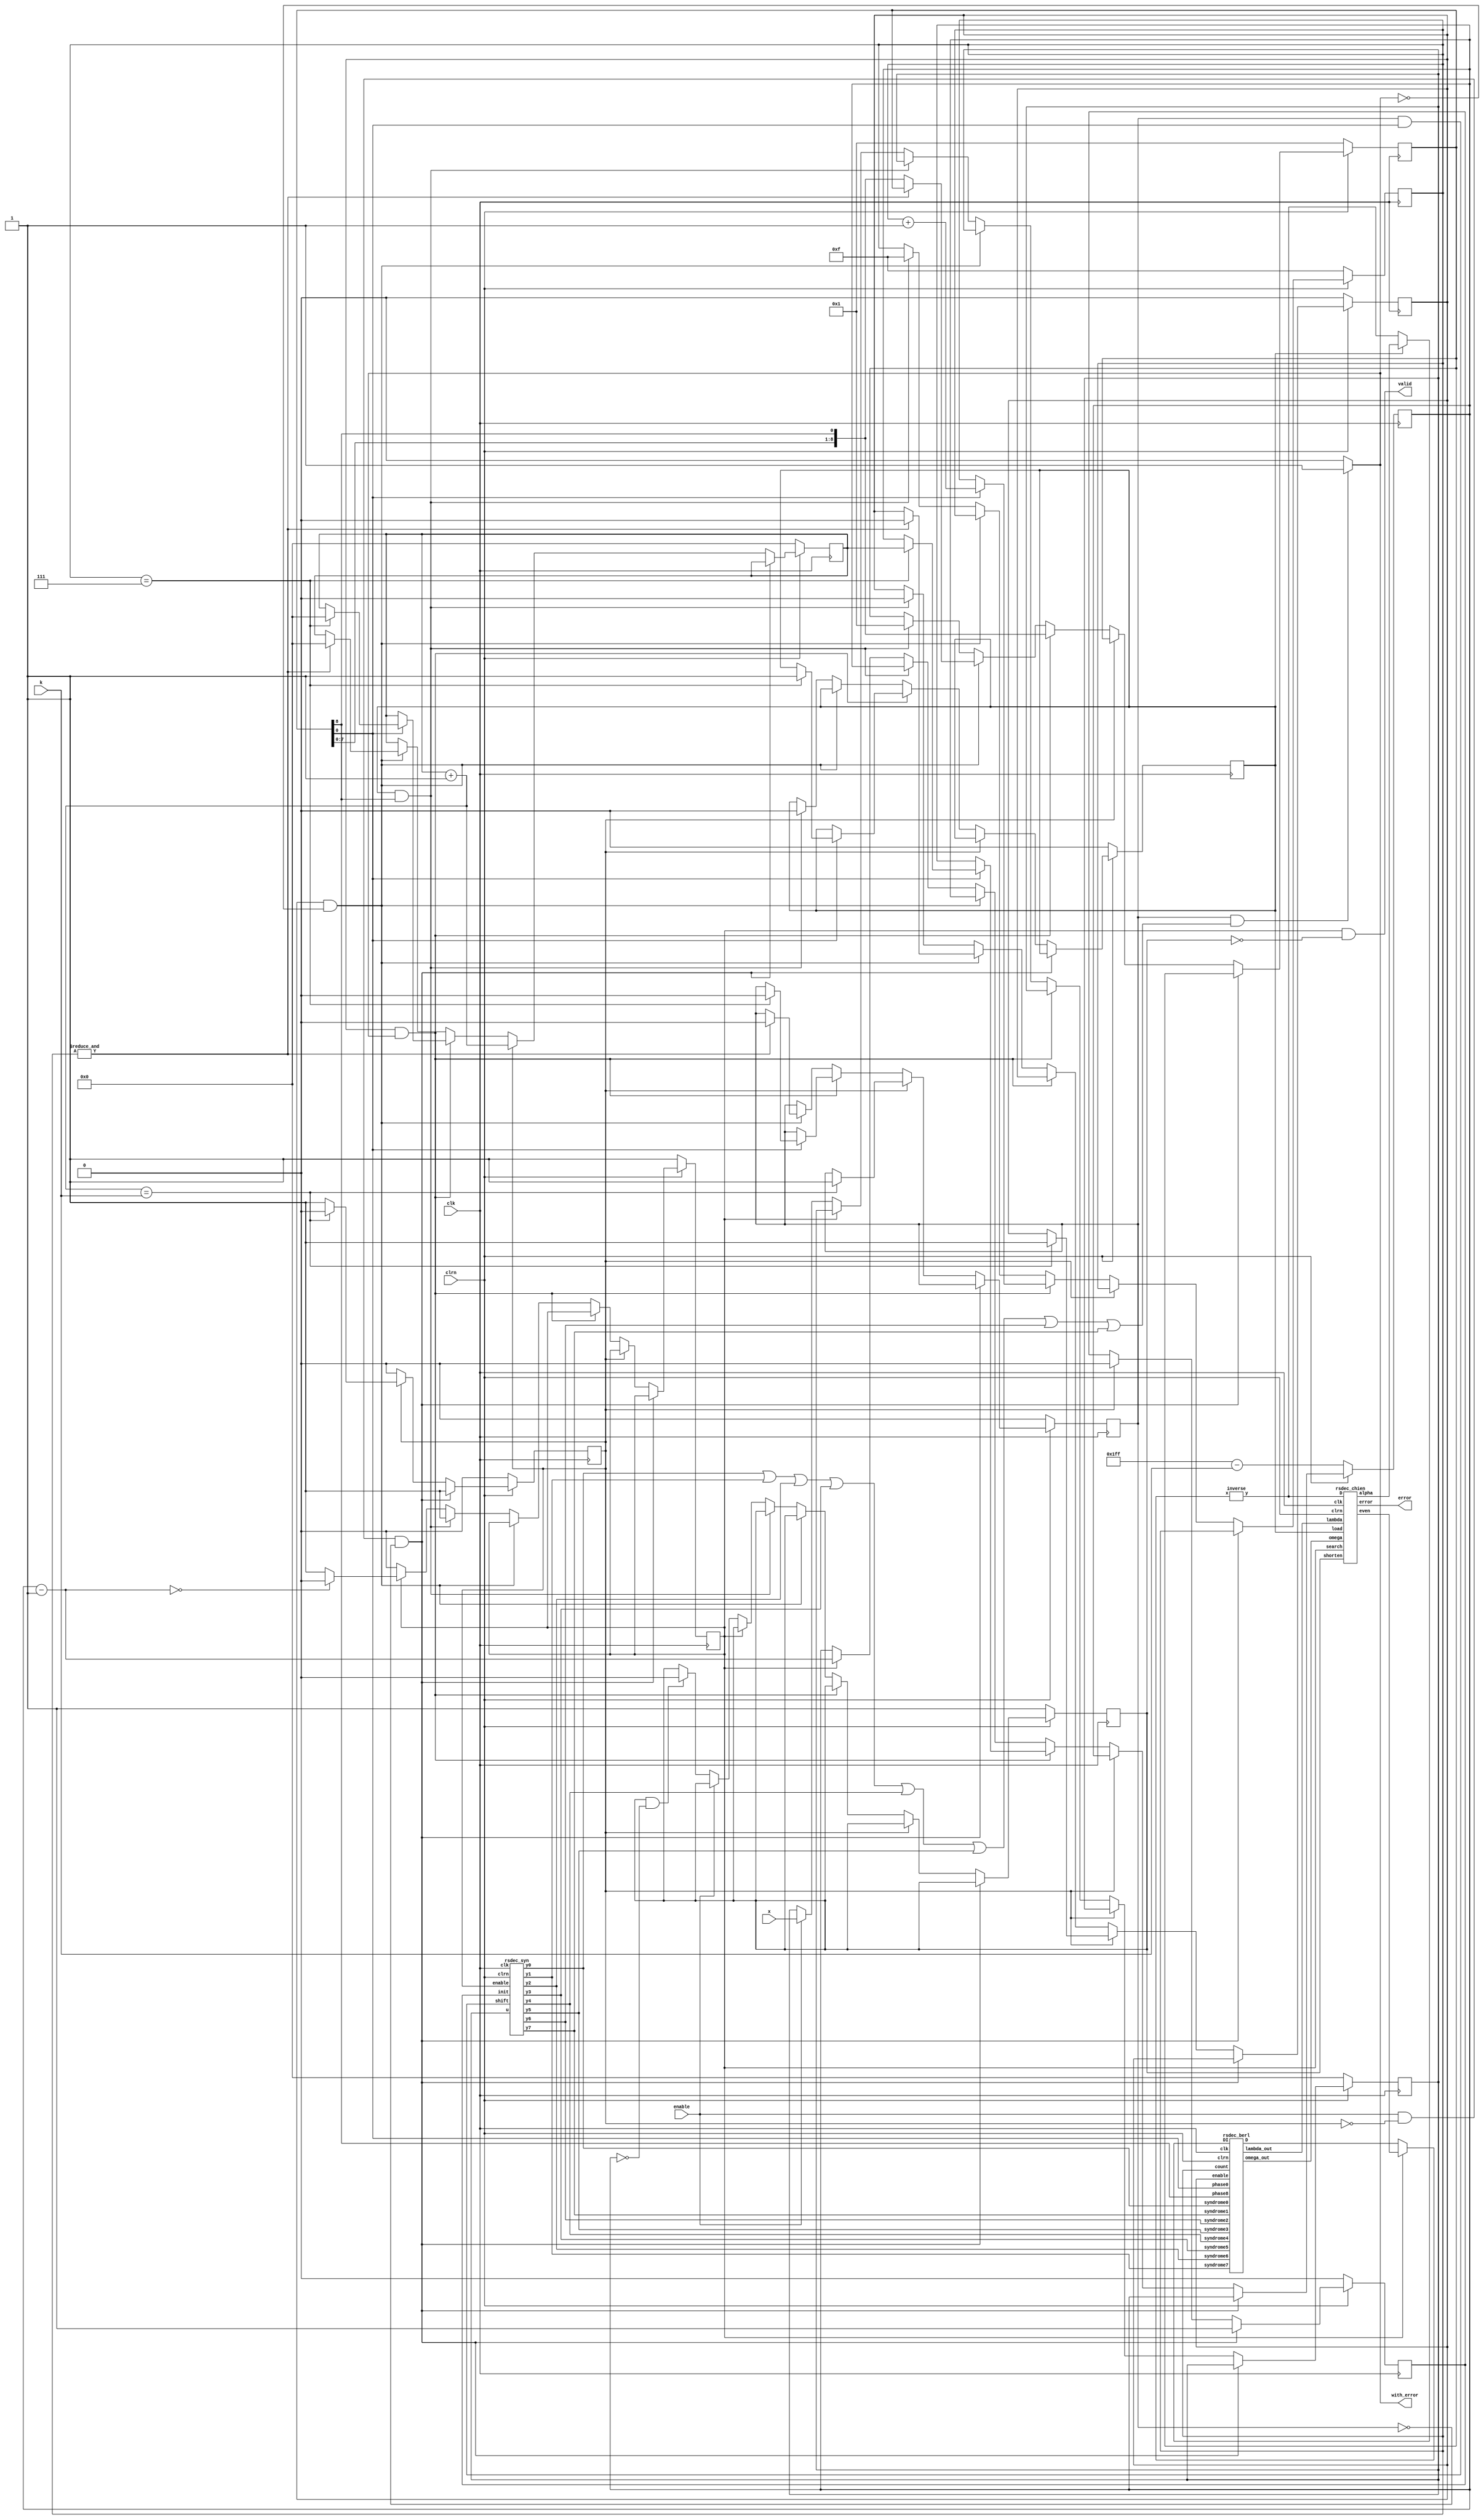
// -------------------------------------------------------------------------
//Reed-Solomon decoder
//Copyright (C) Wed Apr 28 11:28:40 2004
//by Ming-Han Lei(hendrik@humanistic.org)
//
//This program is free software; you can redistribute it and/or
//modify it under the terms of the GNU Lesser General Public License
//as published by the Free Software Foundation; either version 2
//of the License, or (at your option) any later version.
//
//This program is distributed in the hope that it will be useful,
//but WITHOUT ANY WARRANTY; without even the implied warranty of
//MERCHANTABILITY or FITNESS FOR A PARTICULAR PURPOSE.  See the
//GNU Lesser General Public License for more details.
//
//You should have received a copy of the GNU Lesser General Public License
//along with this program; if not, write to the Free Software
//Foundation, Inc., 59 Temple Place - Suite 330, Boston, MA  02111-1307, USA.
// --------------------------------------------------------------------------

module rs_decoder_2(x, error, with_error, enable, valid, k, clk, clrn);
	input enable, clk, clrn;
	input [8:0] k, x;
	output [8:0] error;
	wire [8:0] error;
	output with_error, valid;
	reg valid;
	wire with_error;

	wire [8:0] s0, s1, s2, s3, s4, s5, s6, s7;
	wire [8:0] lambda, omega, alpha;
	reg [3:0] count;
	reg [8:0] phase;
	wire [8:0] D0, D1, DI;
//	reg [8:0] D, D2;
	wire [8:0] D, D2;
	reg [8:0] u, length0, length2;
	wire [8:0] length1, length3;
	reg syn_enable, syn_init, syn_shift, berl_enable;
	reg chien_search, chien_load, shorten;

	always @ (chien_search or shorten)
		valid = chien_search & ~shorten;

	wire bit1;
	assign bit1 = syn_shift&phase[0];
	rsdec_syn x0 (s0, s1, s2, s3, s4, s5, s6, s7, u, syn_enable, bit1, syn_init, clk, clrn);
	rsdec_berl x1 (lambda, omega, s0, s7, s6, s5, s4, s3, s2, s1, D0, D2, count, phase[0], phase[8], berl_enable, clk, clrn);
	rsdec_chien x2 (error, alpha, lambda, omega, D1, DI, chien_search, chien_load, shorten, clk, clrn);
	inverse x3 (DI, D);

	always @ (posedge clk)// or negedge clrn)
	begin
		if (~clrn)
		begin
			syn_enable <= 0;
			syn_shift <= 0;
			berl_enable <= 0;
			chien_search <= 1;
			chien_load <= 0;
			length0 <= 0;
			length2 <= 511 - k;
			count <= -1;
			phase <= 1;
			u <= 0;
			shorten <= 1;
			syn_init <= 0;
		end
		else
		begin
			if (enable & ~syn_enable & ~syn_shift)
			begin
				syn_enable <= 1;
				syn_init <= 1;
			end
			else if (syn_enable)
			begin
				length0 <= length1;
				syn_init <= 0;
				if (length1 == k)
				begin
					syn_enable <= 0;
					syn_shift <= 1;
					berl_enable <= 1;
				end
			end
			else if (berl_enable & with_error)
			begin
				if (phase[0])
				begin
					count <= count + 1;
					if (count == 7)
					begin
						syn_shift <= 0;
						length0 <= 0;
						chien_load <= 1;
						length2 <= length0;
					end
				end
				phase <= {phase[7:0], phase[8]};
			end
			else if (berl_enable & ~with_error)
				if (&count)
				begin
					syn_shift <= 0;
					length0 <= 0;
					berl_enable <= 0;
				end
				else
					phase <= {phase[7:0], phase[8]};
			else if (chien_load & phase[8])
			begin
				berl_enable <= 0;
				chien_load <= 0;
				chien_search <= 1;
				count <= -1;
				phase <= 1;
			end
			else if (chien_search)// | shorten)
			begin
				length2 <= length3;
				if (length3 == 0)
					chien_search <= 0;
			end
			else if (enable) u <= x;
			else if (shorten == 1 && length2 == 0)
				shorten <= 0;
		end
	end

//	always @ (chien_search or D0 or D1)
//		if (chien_search) D = D1;
//		else D = D0;
	assign D = chien_search ? D1 : D0;

//	always @ (DI or alpha or chien_load)
//		if (chien_load) D2 = alpha;
//		else D2 = DI;
	assign D2 = chien_load ? alpha : DI;

	assign length1 = length0 + 1;
	assign length3 = length2 - 1;
//	always @ (syn_shift or s0 or s1 or s2 or s3 or s4 or s5 or s6 or s7 or s8 or s9 or s10 or s11)
//		if (syn_shift && (s0 | s1 | s2 | s3 | s4 | s5 | s6 | s7 | s8 | s9 | s10 | s11)!= 0)
//			with_error = 1;
//		else with_error = 0;
wire temp;
	assign temp = syn_shift && (s0 | s1 | s2 | s3 | s4 | s5 | s6 | s7 );
	assign with_error = temp != 0 ? 1'b1 : 1'b0;

endmodule

// -------------------------------------------------------------------------
//The inverse lookup table for Galois field
//Copyright (C) Wed Apr 28 11:17:28 2004
//by Ming-Han Lei(hendrik@humanistic.org)
//
//This program is free software; you can redistribute it and/or
//modify it under the terms of the GNU Lesser General Public License
//as published by the Free Software Foundation; either version 2
//of the License, or (at your option) any later version.
//
//This program is distributed in the hope that it will be useful,
//but WITHOUT ANY WARRANTY; without even the implied warranty of
//MERCHANTABILITY or FITNESS FOR A PARTICULAR PURPOSE.  See the
//GNU Lesser General Public License for more details.
//
//You should have received a copy of the GNU Lesser General Public License
//along with this program; if not, write to the Free Software
//Foundation, Inc., 59 Temple Place - Suite 330, Boston, MA  02111-1307, USA.
// --------------------------------------------------------------------------

module inverse(y, x);
	input [8:0] x;
	output [8:0] y;
	reg [8:0] y;

	always @ (x)
	case (x) // synopsys full_case parallel_case
		1: y = 1; // 0 -> 511
		2: y = 264; // 1 -> 510
		4: y = 132; // 2 -> 509
		8: y = 66; // 3 -> 508
		16: y = 33; // 4 -> 507
		32: y = 280; // 5 -> 506
		64: y = 140; // 6 -> 505
		128: y = 70; // 7 -> 504
		256: y = 35; // 8 -> 503
		17: y = 281; // 9 -> 502
		34: y = 388; // 10 -> 501
		68: y = 194; // 11 -> 500
		136: y = 97; // 12 -> 499
		272: y = 312; // 13 -> 498
		49: y = 156; // 14 -> 497
		98: y = 78; // 15 -> 496
		196: y = 39; // 16 -> 495
		392: y = 283; // 17 -> 494
		257: y = 389; // 18 -> 493
		19: y = 458; // 19 -> 492
		38: y = 229; // 20 -> 491
		76: y = 378; // 21 -> 490
		152: y = 189; // 22 -> 489
		304: y = 342; // 23 -> 488
		113: y = 171; // 24 -> 487
		226: y = 349; // 25 -> 486
		452: y = 422; // 26 -> 485
		409: y = 211; // 27 -> 484
		291: y = 353; // 28 -> 483
		87: y = 440; // 29 -> 482
		174: y = 220; // 30 -> 481
		348: y = 110; // 31 -> 480
		169: y = 55; // 32 -> 479
		338: y = 275; // 33 -> 478
		181: y = 385; // 34 -> 477
		362: y = 456; // 35 -> 476
		197: y = 228; // 36 -> 475
		394: y = 114; // 37 -> 474
		261: y = 57; // 38 -> 473
		27: y = 276; // 39 -> 472
		54: y = 138; // 40 -> 471
		108: y = 69; // 41 -> 470
		216: y = 298; // 42 -> 469
		432: y = 149; // 43 -> 468
		369: y = 322; // 44 -> 467
		243: y = 161; // 45 -> 466
		486: y = 344; // 46 -> 465
		477: y = 172; // 47 -> 464
		427: y = 86; // 48 -> 463
		327: y = 43; // 49 -> 462
		159: y = 285; // 50 -> 461
		318: y = 390; // 51 -> 460
		109: y = 195; // 52 -> 459
		218: y = 361; // 53 -> 458
		436: y = 444; // 54 -> 457
		377: y = 222; // 55 -> 456
		227: y = 111; // 56 -> 455
		454: y = 319; // 57 -> 454
		413: y = 407; // 58 -> 453
		299: y = 451; // 59 -> 452
		71: y = 489; // 60 -> 451
		142: y = 508; // 61 -> 450
		284: y = 254; // 62 -> 449
		41: y = 127; // 63 -> 448
		82: y = 311; // 64 -> 447
		164: y = 403; // 65 -> 446
		328: y = 449; // 66 -> 445
		129: y = 488; // 67 -> 444
		258: y = 244; // 68 -> 443
		21: y = 122; // 69 -> 442
		42: y = 61; // 70 -> 441
		84: y = 278; // 71 -> 440
		168: y = 139; // 72 -> 439
		336: y = 333; // 73 -> 438
		177: y = 430; // 74 -> 437
		354: y = 215; // 75 -> 436
		213: y = 355; // 76 -> 435
		426: y = 441; // 77 -> 434
		325: y = 468; // 78 -> 433
		155: y = 234; // 79 -> 432
		310: y = 117; // 80 -> 431
		125: y = 306; // 81 -> 430
		250: y = 153; // 82 -> 429
		500: y = 324; // 83 -> 428
		505: y = 162; // 84 -> 427
		483: y = 81; // 85 -> 426
		471: y = 288; // 86 -> 425
		447: y = 144; // 87 -> 424
		367: y = 72; // 88 -> 423
		207: y = 36; // 89 -> 422
		414: y = 18; // 90 -> 421
		301: y = 9; // 91 -> 420
		75: y = 268; // 92 -> 419
		150: y = 134; // 93 -> 418
		300: y = 67; // 94 -> 417
		73: y = 297; // 95 -> 416
		146: y = 412; // 96 -> 415
		292: y = 206; // 97 -> 414
		89: y = 103; // 98 -> 413
		178: y = 315; // 99 -> 412
		356: y = 405; // 100 -> 411
		217: y = 450; // 101 -> 410
		434: y = 225; // 102 -> 409
		373: y = 376; // 103 -> 408
		251: y = 188; // 104 -> 407
		502: y = 94; // 105 -> 406
		509: y = 47; // 106 -> 405
		491: y = 287; // 107 -> 404
		455: y = 391; // 108 -> 403
		415: y = 459; // 109 -> 402
		303: y = 493; // 110 -> 401
		79: y = 510; // 111 -> 400
		158: y = 255; // 112 -> 399
		316: y = 375; // 113 -> 398
		105: y = 435; // 114 -> 397
		210: y = 465; // 115 -> 396
		420: y = 480; // 116 -> 395
		345: y = 240; // 117 -> 394
		163: y = 120; // 118 -> 393
		326: y = 60; // 119 -> 392
		157: y = 30; // 120 -> 391
		314: y = 15; // 121 -> 390
		101: y = 271; // 122 -> 389
		202: y = 399; // 123 -> 388
		404: y = 463; // 124 -> 387
		313: y = 495; // 125 -> 386
		99: y = 511; // 126 -> 385
		198: y = 503; // 127 -> 384
		396: y = 499; // 128 -> 383
		265: y = 497; // 129 -> 382
		3: y = 496; // 130 -> 381
		6: y = 248; // 131 -> 380
		12: y = 124; // 132 -> 379
		24: y = 62; // 133 -> 378
		48: y = 31; // 134 -> 377
		96: y = 263; // 135 -> 376
		192: y = 395; // 136 -> 375
		384: y = 461; // 137 -> 374
		273: y = 494; // 138 -> 373
		51: y = 247; // 139 -> 372
		102: y = 371; // 140 -> 371
		204: y = 433; // 141 -> 370
		408: y = 464; // 142 -> 369
		289: y = 232; // 143 -> 368
		83: y = 116; // 144 -> 367
		166: y = 58; // 145 -> 366
		332: y = 29; // 146 -> 365
		137: y = 262; // 147 -> 364
		274: y = 131; // 148 -> 363
		53: y = 329; // 149 -> 362
		106: y = 428; // 150 -> 361
		212: y = 214; // 151 -> 360
		424: y = 107; // 152 -> 359
		321: y = 317; // 153 -> 358
		147: y = 406; // 154 -> 357
		294: y = 203; // 155 -> 356
		93: y = 365; // 156 -> 355
		186: y = 446; // 157 -> 354
		372: y = 223; // 158 -> 353
		249: y = 359; // 159 -> 352
		498: y = 443; // 160 -> 351
		501: y = 469; // 161 -> 350
		507: y = 482; // 162 -> 349
		487: y = 241; // 163 -> 348
		479: y = 368; // 164 -> 347
		431: y = 184; // 165 -> 346
		335: y = 92; // 166 -> 345
		143: y = 46; // 167 -> 344
		286: y = 23; // 168 -> 343
		45: y = 259; // 169 -> 342
		90: y = 393; // 170 -> 341
		180: y = 460; // 171 -> 340
		360: y = 230; // 172 -> 339
		193: y = 115; // 173 -> 338
		386: y = 305; // 174 -> 337
		277: y = 400; // 175 -> 336
		59: y = 200; // 176 -> 335
		118: y = 100; // 177 -> 334
		236: y = 50; // 178 -> 333
		472: y = 25; // 179 -> 332
		417: y = 260; // 180 -> 331
		339: y = 130; // 181 -> 330
		183: y = 65; // 182 -> 329
		366: y = 296; // 183 -> 328
		205: y = 148; // 184 -> 327
		410: y = 74; // 185 -> 326
		293: y = 37; // 186 -> 325
		91: y = 282; // 187 -> 324
		182: y = 141; // 188 -> 323
		364: y = 334; // 189 -> 322
		201: y = 167; // 190 -> 321
		402: y = 347; // 191 -> 320
		309: y = 421; // 192 -> 319
		123: y = 474; // 193 -> 318
		246: y = 237; // 194 -> 317
		492: y = 382; // 195 -> 316
		457: y = 191; // 196 -> 315
		387: y = 343; // 197 -> 314
		279: y = 419; // 198 -> 313
		63: y = 473; // 199 -> 312
		126: y = 484; // 200 -> 311
		252: y = 242; // 201 -> 310
		504: y = 121; // 202 -> 309
		481: y = 308; // 203 -> 308
		467: y = 154; // 204 -> 307
		439: y = 77; // 205 -> 306
		383: y = 302; // 206 -> 305
		239: y = 151; // 207 -> 304
		478: y = 323; // 208 -> 303
		429: y = 425; // 209 -> 302
		331: y = 476; // 210 -> 301
		135: y = 238; // 211 -> 300
		270: y = 119; // 212 -> 299
		13: y = 307; // 213 -> 298
		26: y = 401; // 214 -> 297
		52: y = 448; // 215 -> 296
		104: y = 224; // 216 -> 295
		208: y = 112; // 217 -> 294
		416: y = 56; // 218 -> 293
		337: y = 28; // 219 -> 292
		179: y = 14; // 220 -> 291
		358: y = 7; // 221 -> 290
		221: y = 267; // 222 -> 289
		442: y = 397; // 223 -> 288
		357: y = 462; // 224 -> 287
		219: y = 231; // 225 -> 286
		438: y = 379; // 226 -> 285
		381: y = 437; // 227 -> 284
		235: y = 466; // 228 -> 283
		470: y = 233; // 229 -> 282
		445: y = 380; // 230 -> 281
		363: y = 190; // 231 -> 280
		199: y = 95; // 232 -> 279
		398: y = 295; // 233 -> 278
		269: y = 411; // 234 -> 277
		11: y = 453; // 235 -> 276
		22: y = 490; // 236 -> 275
		44: y = 245; // 237 -> 274
		88: y = 370; // 238 -> 273
		176: y = 185; // 239 -> 272
		352: y = 340; // 240 -> 271
		209: y = 170; // 241 -> 270
		418: y = 85; // 242 -> 269
		341: y = 290; // 243 -> 268
		187: y = 145; // 244 -> 267
		374: y = 320; // 245 -> 266
		253: y = 160; // 246 -> 265
		506: y = 80; // 247 -> 264
		485: y = 40; // 248 -> 263
		475: y = 20; // 249 -> 262
		423: y = 10; // 250 -> 261
		351: y = 5; // 251 -> 260
		175: y = 266; // 252 -> 259
		350: y = 133; // 253 -> 258
		173: y = 330; // 254 -> 257
		346: y = 165; // 255 -> 256
		165: y = 346; // 256 -> 255
		330: y = 173; // 257 -> 254
		133: y = 350; // 258 -> 253
		266: y = 175; // 259 -> 252
		5: y = 351; // 260 -> 251
		10: y = 423; // 261 -> 250
		20: y = 475; // 262 -> 249
		40: y = 485; // 263 -> 248
		80: y = 506; // 264 -> 247
		160: y = 253; // 265 -> 246
		320: y = 374; // 266 -> 245
		145: y = 187; // 267 -> 244
		290: y = 341; // 268 -> 243
		85: y = 418; // 269 -> 242
		170: y = 209; // 270 -> 241
		340: y = 352; // 271 -> 240
		185: y = 176; // 272 -> 239
		370: y = 88; // 273 -> 238
		245: y = 44; // 274 -> 237
		490: y = 22; // 275 -> 236
		453: y = 11; // 276 -> 235
		411: y = 269; // 277 -> 234
		295: y = 398; // 278 -> 233
		95: y = 199; // 279 -> 232
		190: y = 363; // 280 -> 231
		380: y = 445; // 281 -> 230
		233: y = 470; // 282 -> 229
		466: y = 235; // 283 -> 228
		437: y = 381; // 284 -> 227
		379: y = 438; // 285 -> 226
		231: y = 219; // 286 -> 225
		462: y = 357; // 287 -> 224
		397: y = 442; // 288 -> 223
		267: y = 221; // 289 -> 222
		7: y = 358; // 290 -> 221
		14: y = 179; // 291 -> 220
		28: y = 337; // 292 -> 219
		56: y = 416; // 293 -> 218
		112: y = 208; // 294 -> 217
		224: y = 104; // 295 -> 216
		448: y = 52; // 296 -> 215
		401: y = 26; // 297 -> 214
		307: y = 13; // 298 -> 213
		119: y = 270; // 299 -> 212
		238: y = 135; // 300 -> 211
		476: y = 331; // 301 -> 210
		425: y = 429; // 302 -> 209
		323: y = 478; // 303 -> 208
		151: y = 239; // 304 -> 207
		302: y = 383; // 305 -> 206
		77: y = 439; // 306 -> 205
		154: y = 467; // 307 -> 204
		308: y = 481; // 308 -> 203
		121: y = 504; // 309 -> 202
		242: y = 252; // 310 -> 201
		484: y = 126; // 311 -> 200
		473: y = 63; // 312 -> 199
		419: y = 279; // 313 -> 198
		343: y = 387; // 314 -> 197
		191: y = 457; // 315 -> 196
		382: y = 492; // 316 -> 195
		237: y = 246; // 317 -> 194
		474: y = 123; // 318 -> 193
		421: y = 309; // 319 -> 192
		347: y = 402; // 320 -> 191
		167: y = 201; // 321 -> 190
		334: y = 364; // 322 -> 189
		141: y = 182; // 323 -> 188
		282: y = 91; // 324 -> 187
		37: y = 293; // 325 -> 186
		74: y = 410; // 326 -> 185
		148: y = 205; // 327 -> 184
		296: y = 366; // 328 -> 183
		65: y = 183; // 329 -> 182
		130: y = 339; // 330 -> 181
		260: y = 417; // 331 -> 180
		25: y = 472; // 332 -> 179
		50: y = 236; // 333 -> 178
		100: y = 118; // 334 -> 177
		200: y = 59; // 335 -> 176
		400: y = 277; // 336 -> 175
		305: y = 386; // 337 -> 174
		115: y = 193; // 338 -> 173
		230: y = 360; // 339 -> 172
		460: y = 180; // 340 -> 171
		393: y = 90; // 341 -> 170
		259: y = 45; // 342 -> 169
		23: y = 286; // 343 -> 168
		46: y = 143; // 344 -> 167
		92: y = 335; // 345 -> 166
		184: y = 431; // 346 -> 165
		368: y = 479; // 347 -> 164
		241: y = 487; // 348 -> 163
		482: y = 507; // 349 -> 162
		469: y = 501; // 350 -> 161
		443: y = 498; // 351 -> 160
		359: y = 249; // 352 -> 159
		223: y = 372; // 353 -> 158
		446: y = 186; // 354 -> 157
		365: y = 93; // 355 -> 156
		203: y = 294; // 356 -> 155
		406: y = 147; // 357 -> 154
		317: y = 321; // 358 -> 153
		107: y = 424; // 359 -> 152
		214: y = 212; // 360 -> 151
		428: y = 106; // 361 -> 150
		329: y = 53; // 362 -> 149
		131: y = 274; // 363 -> 148
		262: y = 137; // 364 -> 147
		29: y = 332; // 365 -> 146
		58: y = 166; // 366 -> 145
		116: y = 83; // 367 -> 144
		232: y = 289; // 368 -> 143
		464: y = 408; // 369 -> 142
		433: y = 204; // 370 -> 141
		371: y = 102; // 371 -> 140
		247: y = 51; // 372 -> 139
		494: y = 273; // 373 -> 138
		461: y = 384; // 374 -> 137
		395: y = 192; // 375 -> 136
		263: y = 96; // 376 -> 135
		31: y = 48; // 377 -> 134
		62: y = 24; // 378 -> 133
		124: y = 12; // 379 -> 132
		248: y = 6; // 380 -> 131
		496: y = 3; // 381 -> 130
		497: y = 265; // 382 -> 129
		499: y = 396; // 383 -> 128
		503: y = 198; // 384 -> 127
		511: y = 99; // 385 -> 126
		495: y = 313; // 386 -> 125
		463: y = 404; // 387 -> 124
		399: y = 202; // 388 -> 123
		271: y = 101; // 389 -> 122
		15: y = 314; // 390 -> 121
		30: y = 157; // 391 -> 120
		60: y = 326; // 392 -> 119
		120: y = 163; // 393 -> 118
		240: y = 345; // 394 -> 117
		480: y = 420; // 395 -> 116
		465: y = 210; // 396 -> 115
		435: y = 105; // 397 -> 114
		375: y = 316; // 398 -> 113
		255: y = 158; // 399 -> 112
		510: y = 79; // 400 -> 111
		493: y = 303; // 401 -> 110
		459: y = 415; // 402 -> 109
		391: y = 455; // 403 -> 108
		287: y = 491; // 404 -> 107
		47: y = 509; // 405 -> 106
		94: y = 502; // 406 -> 105
		188: y = 251; // 407 -> 104
		376: y = 373; // 408 -> 103
		225: y = 434; // 409 -> 102
		450: y = 217; // 410 -> 101
		405: y = 356; // 411 -> 100
		315: y = 178; // 412 -> 99
		103: y = 89; // 413 -> 98
		206: y = 292; // 414 -> 97
		412: y = 146; // 415 -> 96
		297: y = 73; // 416 -> 95
		67: y = 300; // 417 -> 94
		134: y = 150; // 418 -> 93
		268: y = 75; // 419 -> 92
		9: y = 301; // 420 -> 91
		18: y = 414; // 421 -> 90
		36: y = 207; // 422 -> 89
		72: y = 367; // 423 -> 88
		144: y = 447; // 424 -> 87
		288: y = 471; // 425 -> 86
		81: y = 483; // 426 -> 85
		162: y = 505; // 427 -> 84
		324: y = 500; // 428 -> 83
		153: y = 250; // 429 -> 82
		306: y = 125; // 430 -> 81
		117: y = 310; // 431 -> 80
		234: y = 155; // 432 -> 79
		468: y = 325; // 433 -> 78
		441: y = 426; // 434 -> 77
		355: y = 213; // 435 -> 76
		215: y = 354; // 436 -> 75
		430: y = 177; // 437 -> 74
		333: y = 336; // 438 -> 73
		139: y = 168; // 439 -> 72
		278: y = 84; // 440 -> 71
		61: y = 42; // 441 -> 70
		122: y = 21; // 442 -> 69
		244: y = 258; // 443 -> 68
		488: y = 129; // 444 -> 67
		449: y = 328; // 445 -> 66
		403: y = 164; // 446 -> 65
		311: y = 82; // 447 -> 64
		127: y = 41; // 448 -> 63
		254: y = 284; // 449 -> 62
		508: y = 142; // 450 -> 61
		489: y = 71; // 451 -> 60
		451: y = 299; // 452 -> 59
		407: y = 413; // 453 -> 58
		319: y = 454; // 454 -> 57
		111: y = 227; // 455 -> 56
		222: y = 377; // 456 -> 55
		444: y = 436; // 457 -> 54
		361: y = 218; // 458 -> 53
		195: y = 109; // 459 -> 52
		390: y = 318; // 460 -> 51
		285: y = 159; // 461 -> 50
		43: y = 327; // 462 -> 49
		86: y = 427; // 463 -> 48
		172: y = 477; // 464 -> 47
		344: y = 486; // 465 -> 46
		161: y = 243; // 466 -> 45
		322: y = 369; // 467 -> 44
		149: y = 432; // 468 -> 43
		298: y = 216; // 469 -> 42
		69: y = 108; // 470 -> 41
		138: y = 54; // 471 -> 40
		276: y = 27; // 472 -> 39
		57: y = 261; // 473 -> 38
		114: y = 394; // 474 -> 37
		228: y = 197; // 475 -> 36
		456: y = 362; // 476 -> 35
		385: y = 181; // 477 -> 34
		275: y = 338; // 478 -> 33
		55: y = 169; // 479 -> 32
		110: y = 348; // 480 -> 31
		220: y = 174; // 481 -> 30
		440: y = 87; // 482 -> 29
		353: y = 291; // 483 -> 28
		211: y = 409; // 484 -> 27
		422: y = 452; // 485 -> 26
		349: y = 226; // 486 -> 25
		171: y = 113; // 487 -> 24
		342: y = 304; // 488 -> 23
		189: y = 152; // 489 -> 22
		378: y = 76; // 490 -> 21
		229: y = 38; // 491 -> 20
		458: y = 19; // 492 -> 19
		389: y = 257; // 493 -> 18
		283: y = 392; // 494 -> 17
		39: y = 196; // 495 -> 16
		78: y = 98; // 496 -> 15
		156: y = 49; // 497 -> 14
		312: y = 272; // 498 -> 13
		97: y = 136; // 499 -> 12
		194: y = 68; // 500 -> 11
		388: y = 34; // 501 -> 10
		281: y = 17; // 502 -> 9
		35: y = 256; // 503 -> 8
		70: y = 128; // 504 -> 7
		140: y = 64; // 505 -> 6
		280: y = 32; // 506 -> 5
		33: y = 16; // 507 -> 4
		66: y = 8; // 508 -> 3
		132: y = 4; // 509 -> 2
		264: y = 2; // 510 -> 1
	endcase
endmodule

// -------------------------------------------------------------------------
//Berlekamp circuit for Reed-Solomon decoder
//Copyright (C) Wed Apr 28 11:17:23 2004
//by Ming-Han Lei(hendrik@humanistic.org)
//
//This program is free software; you can redistribute it and/or
//modify it under the terms of the GNU Lesser General Public License
//as published by the Free Software Foundation; either version 2
//of the License, or (at your option) any later version.
//
//This program is distributed in the hope that it will be useful,
//but WITHOUT ANY WARRANTY; without even the implied warranty of
//MERCHANTABILITY or FITNESS FOR A PARTICULAR PURPOSE.  See the
//GNU Lesser General Public License for more details.
//
//You should have received a copy of the GNU Lesser General Public License
//along with this program; if not, write to the Free Software
//Foundation, Inc., 59 Temple Place - Suite 330, Boston, MA  02111-1307, USA.
// --------------------------------------------------------------------------

module rsdec_berl (lambda_out, omega_out, syndrome0, syndrome1, syndrome2, syndrome3, syndrome4, syndrome5, syndrome6, syndrome7, 
		D, DI, count, phase0, phase8, enable, clk, clrn);
	input clk, clrn, enable, phase0, phase8;
	input [8:0] syndrome0;
	input [8:0] syndrome1;
	input [8:0] syndrome2;
	input [8:0] syndrome3;
	input [8:0] syndrome4;
	input [8:0] syndrome5;
	input [8:0] syndrome6;
	input [8:0] syndrome7;
	input [8:0] DI;
	input [3:0] count;
	output [8:0] lambda_out;
	output [8:0] omega_out;
	reg [8:0] lambda_out;
	reg [8:0] omega_out;
	output [8:0] D;
	reg [8:0] D;

	//integer j;
	reg init, delta;
	reg [1:0] L;
	reg [8:0] lambda0;
	reg [8:0] lambda1;
	reg [8:0] lambda2;
	reg [8:0] lambda3;
	reg [8:0] lambda4;
	reg [8:0] lambda5;
	reg [8:0] lambda6;
	reg [8:0] lambda7;
	reg [8:0] B0;
	reg [8:0] B1;
	reg [8:0] B2;
	reg [8:0] B3;
	reg [8:0] B4;
	reg [8:0] B5;
	reg [8:0] B6;
	reg [8:0] omega0;
	reg [8:0] omega1;
	reg [8:0] omega2;
	reg [8:0] omega3;
	reg [8:0] omega4;
	reg [8:0] omega5;
	reg [8:0] omega6;
	reg [8:0] omega7;
	reg [8:0] A0;
	reg [8:0] A1;
	reg [8:0] A2;
	reg [8:0] A3;
	reg [8:0] A4;
	reg [8:0] A5;
	reg [8:0] A6;

	wire [8:0] tmp0;
	wire [8:0] tmp1;
	wire [8:0] tmp2;
	wire [8:0] tmp3;
	wire [8:0] tmp4;
	wire [8:0] tmp5;
	wire [8:0] tmp6;
	wire [8:0] tmp7;

	always @ (tmp1) lambda_out = tmp1;
	always @ (tmp3) omega_out = tmp3;

	always @ (L or D or count)
		// delta = (D != 0 && 2*L <= i);
		if (D != 0 && count >= {L, 1'b0}) delta = 1;
		else delta = 0;

	rsdec_berl_multiply x0 (tmp0, B6, D, lambda0, syndrome0, phase0);
	rsdec_berl_multiply x1 (tmp1, lambda7, DI, lambda1, syndrome1, phase0);
	rsdec_berl_multiply x2 (tmp2, A6, D, lambda2, syndrome2, phase0);
	rsdec_berl_multiply x3 (tmp3, omega7, DI, lambda3, syndrome3, phase0);
	multiply x4 (tmp4, lambda4, syndrome4);
	multiply x5 (tmp5, lambda5, syndrome5);
	multiply x6 (tmp6, lambda6, syndrome6);
	multiply x7 (tmp7, lambda7, syndrome7);

	always @ (posedge clk)// or negedge clrn)
	begin
		// for (j = t-1; j >=0; j--)
		//	if (j != 0) lambda[j] += D * B[j-1];
/*		if (~clrn)
		begin

//			for (j = 0; j < 8; j = j + 1) lambda[j] <= 0;
//			for (j = 0; j < 7; j = j + 1) B[j] <= 0;
//			for (j = 0; j < 8; j = j + 1) omega[j] <= 0;
//			for (j = 0; j < 7; j = j + 1) A[j] <= 0;

			lambda0 <= 0;
			lambda1 <= 0;
			lambda2 <= 0;
			lambda3 <= 0;
			lambda4 <= 0;
			lambda5 <= 0;
			lambda6 <= 0;
			lambda7 <= 0;
			B0 <= 0;
			B1 <= 0;
			B2 <= 0;
			B3 <= 0;
			B4 <= 0;
			B5 <= 0;
			B6 <= 0;
			omega0 <= 0;
			omega1 <= 0;
			omega2 <= 0;
			omega3 <= 0;
			omega4 <= 0;
			omega5 <= 0;
			omega6 <= 0;
			omega7 <= 0;
			A0 <= 0;
			A1 <= 0;
			A2 <= 0;
			A3 <= 0;
			A4 <= 0;
			A5 <= 0;
			A6 <= 0;
		end
		else*/ if (~enable)
		begin
			/*
			lambda[0] <= 1;
			for (j = 1; j < 8; j = j +1) lambda[j] <= 0;
			B[0] <= 1;
			for (j = 1; j < 7; j = j +1) B[j] <= 0;
			omega[0] <= 1;
			for (j = 1; j < 8; j = j +1) omega[j] <= 0;
			for (j = 0; j < 7; j = j + 1) A[j] <= 0;
			*/
			lambda0 <= 1;
			lambda1 <= 0;
			lambda2 <= 0;
			lambda3 <= 0;
			lambda4 <= 0;
			lambda5 <= 0;
			lambda6 <= 0;
			lambda7 <= 0;
			//for (j = 1; j < 12; j = j +1) lambda[j] <= 0;
			B0 <= 1;
			B1 <= 0;
			B2 <= 0;
			B3 <= 0;
			B4 <= 0;
			B5 <= 0;
			B6 <= 0;
			//for (j = 1; j < 11; j = j +1) B[j] <= 0;
			omega0 <= 1;
			omega1 <= 0;
			omega2 <= 0;
			omega3 <= 0;
			omega4 <= 0;
			omega5 <= 0;
			omega6 <= 0;
			omega7 <= 0;
			//for (j = 1; j < 12; j = j +1) omega[j] <= 0;
			A0 <= 0;
			A1 <= 0;
			A2 <= 0;
			A3 <= 0;
			A4 <= 0;
			A5 <= 0;
			A6 <= 0;
		end
		else
		begin
			if (~phase0)
			begin
				if (~phase8) lambda0 <= lambda7 ^ tmp0;
				else lambda0 <= lambda7;
	//			for (j = 1; j < 8; j = j + 1)
	//				lambda[j] <= lambda[j-1];
				lambda1 <= lambda0;
				lambda2 <= lambda1;
				lambda3 <= lambda2;
				lambda4 <= lambda3;
				lambda5 <= lambda4;
				lambda6 <= lambda5;
				lambda7 <= lambda6;
//			end

		// for (j = t-1; j >=0; j--)
		//	if (delta) B[j] = lambda[j] *DI;
		//	else if (j != 0) B[j] = B[j-1];
		//	else B[j] = 0;
//			if (~phase0)
//			begin
				if (delta)	B0 <= tmp1;
				else if (~phase8) B0 <= B6;
				else B0 <= 0;
		//		for (j = 1; j < 7; j = j + 1)
	//				B[j] <= B[j-1];
				B1 <= B0;
				B2 <= B1;
				B3 <= B2;
				B4 <= B3;
				B5 <= B4;
				B6 <= B5;
//			end

		// for (j = t-1; j >=0; j--)
		//	if (j != 0) omega[j] += D * A[j-1];
//			if (~phase0)
//			begin
				if (~phase8) omega0 <= omega7 ^ tmp2;
				else omega0 <= omega7;
			//	for (j = 1; j < 8; j = j + 1)
			//		omega[j] <= omega[j-1];
				omega1 <= omega0;
				omega2 <= omega1;
				omega3 <= omega2;
				omega4 <= omega3;
				omega5 <= omega4;
				omega6 <= omega5;
				omega7 <= omega6;
//			end

		// for (j = t-1; j >=0; j--)
		//	if (delta) A[j] = omega[j] *DI;
		//	else if (j != 0) A[j] = A[j-1];
		//	else A[j] = 0;
//			if (~phase0)
//			begin
				if (delta)	A0 <= tmp3;
				else if (~phase8) A0 <= A6;
				else A0 <= 0;
			//	for (j = 1; j < 7; j = j + 1)
			//		A[j] <= A[j-1];
				A1 <= A0;
				A2 <= A1;
				A3 <= A2;
				A4 <= A3;
				A5 <= A4;
				A6 <= A5;
			end
		end
	end

	always @ (posedge clk)// or negedge clrn)
	begin
		if (~clrn)
		begin
			L <= 0;
			D <= 0;
		end
		else
		begin
		// if (delta) L = i - L + 1;
			if ((phase0 & delta) && (count != -1)) L <= count - L + 1;
		//for (D = j = 0; j < t; j = j + 1)
		//	D += lambda[j] * syndrome[t-j-1];
			if (phase0)
				D <= tmp0 ^ tmp1 ^ tmp2 ^ tmp3 ^ tmp4 ^ tmp5 ^ tmp6 ^ tmp7;
		end
	end

endmodule


module rsdec_berl_multiply (y, a, b, c, d, e);
	input [8:0] a, b, c, d;
	input e;
	output [8:0] y;
	wire [8:0] y;
	reg [8:0] p, q;

	always @ (a or c or e)
		if (e) p = c;
		else p = a;
	always @ (b or d or e)
		if (e) q = d;
		else q = b;

	multiply x0 (y, p, q);

endmodule

module multiply (y, a, b);
	input [8:0] a, b;
	output [8:0] y;
	wire [8:0] y;
	reg [17:0] tempy;

	assign y = tempy[8:0];

	always @(a or b)
	begin
		tempy = a * b;
	end
/*
	always @ (a or b)
	begin
		y[0] = (a[0] & b[0]) ^ (a[1] & b[8]) ^ (a[2] & b[7]) ^ (a[3] & b[6]) ^ (a[4] & b[5]) ^ (a[5] & b[4]) ^ (a[6] & b[3]) ^ (a[6] & b[8]) ^ (a[7] & b[2]) ^ (a[7] & b[7]) ^ (a[8] & b[1]) ^ (a[8] & b[6]);
		y[1] = (a[0] & b[1]) ^ (a[1] & b[0]) ^ (a[2] & b[8]) ^ (a[3] & b[7]) ^ (a[4] & b[6]) ^ (a[5] & b[5]) ^ (a[6] & b[4]) ^ (a[7] & b[3]) ^ (a[7] & b[8]) ^ (a[8] & b[2]) ^ (a[8] & b[7]);
		y[2] = (a[0] & b[2]) ^ (a[1] & b[1]) ^ (a[2] & b[0]) ^ (a[3] & b[8]) ^ (a[4] & b[7]) ^ (a[5] & b[6]) ^ (a[6] & b[5]) ^ (a[7] & b[4]) ^ (a[8] & b[3]) ^ (a[8] & b[8]);
		y[3] = (a[0] & b[3]) ^ (a[1] & b[2]) ^ (a[2] & b[1]) ^ (a[3] & b[0]) ^ (a[4] & b[8]) ^ (a[5] & b[7]) ^ (a[6] & b[6]) ^ (a[7] & b[5]) ^ (a[8] & b[4]);
		y[4] = (a[0] & b[4]) ^ (a[1] & b[3]) ^ (a[1] & b[8]) ^ (a[2] & b[2]) ^ (a[2] & b[7]) ^ (a[3] & b[1]) ^ (a[3] & b[6]) ^ (a[4] & b[0]) ^ (a[4] & b[5]) ^ (a[5] & b[4]) ^ (a[5] & b[8]) ^ (a[6] & b[3]) ^ (a[6] & b[7]) ^ (a[6] & b[8]) ^ (a[7] & b[2]) ^ (a[7] & b[6]) ^ (a[7] & b[7]) ^ (a[8] & b[1]) ^ (a[8] & b[5]) ^ (a[8] & b[6]);
		y[5] = (a[0] & b[5]) ^ (a[1] & b[4]) ^ (a[2] & b[3]) ^ (a[2] & b[8]) ^ (a[3] & b[2]) ^ (a[3] & b[7]) ^ (a[4] & b[1]) ^ (a[4] & b[6]) ^ (a[5] & b[0]) ^ (a[5] & b[5]) ^ (a[6] & b[4]) ^ (a[6] & b[8]) ^ (a[7] & b[3]) ^ (a[7] & b[7]) ^ (a[7] & b[8]) ^ (a[8] & b[2]) ^ (a[8] & b[6]) ^ (a[8] & b[7]);
		y[6] = (a[0] & b[6]) ^ (a[1] & b[5]) ^ (a[2] & b[4]) ^ (a[3] & b[3]) ^ (a[3] & b[8]) ^ (a[4] & b[2]) ^ (a[4] & b[7]) ^ (a[5] & b[1]) ^ (a[5] & b[6]) ^ (a[6] & b[0]) ^ (a[6] & b[5]) ^ (a[7] & b[4]) ^ (a[7] & b[8]) ^ (a[8] & b[3]) ^ (a[8] & b[7]) ^ (a[8] & b[8]);
		y[7] = (a[0] & b[7]) ^ (a[1] & b[6]) ^ (a[2] & b[5]) ^ (a[3] & b[4]) ^ (a[4] & b[3]) ^ (a[4] & b[8]) ^ (a[5] & b[2]) ^ (a[5] & b[7]) ^ (a[6] & b[1]) ^ (a[6] & b[6]) ^ (a[7] & b[0]) ^ (a[7] & b[5]) ^ (a[8] & b[4]) ^ (a[8] & b[8]);
		y[8] = (a[0] & b[8]) ^ (a[1] & b[7]) ^ (a[2] & b[6]) ^ (a[3] & b[5]) ^ (a[4] & b[4]) ^ (a[5] & b[3]) ^ (a[5] & b[8]) ^ (a[6] & b[2]) ^ (a[6] & b[7]) ^ (a[7] & b[1]) ^ (a[7] & b[6]) ^ (a[8] & b[0]) ^ (a[8] & b[5]);
	end
*/
endmodule


// -------------------------------------------------------------------------
//Syndrome generator circuit in Reed-Solomon Decoder
//Copyright (C) Wed Apr 28 11:28:10 2004
//by Ming-Han Lei(hendrik@humanistic.org)
//
//This program is free software; you can redistribute it and/or
//modify it under the terms of the GNU Lesser General Public License
//as published by the Free Software Foundation; either version 2
//of the License, or (at your option) any later version.
//
//This program is distributed in the hope that it will be useful,
//but WITHOUT ANY WARRANTY; without even the implied warranty of
//MERCHANTABILITY or FITNESS FOR A PARTICULAR PURPOSE.  See the
//GNU General Public License for more details.
//
//You should have received a copy of the GNU Lesser General Public License
//along with this program; if not, write to the Free Software
//Foundation, Inc., 59 Temple Place - Suite 330, Boston, MA  02111-1307, USA.
// --------------------------------------------------------------------------

module rsdec_syn_m0 (y, x);
	input [8:0] x;
	output [8:0] y;
	reg [8:0] y;
	always @ (x)
	begin
		y[0] = x[8];
		y[1] = x[0];
		y[2] = x[1];
		y[3] = x[2];
		y[4] = x[3] ^ x[8];
		y[5] = x[4];
		y[6] = x[5];
		y[7] = x[6];
		y[8] = x[7];
	end
endmodule

module rsdec_syn_m1 (y, x);
	input [8:0] x;
	output [8:0] y;
	reg [8:0] y;
	always @ (x)
	begin
		y[0] = x[7];
		y[1] = x[8];
		y[2] = x[0];
		y[3] = x[1];
		y[4] = x[2] ^ x[7];
		y[5] = x[3] ^ x[8];
		y[6] = x[4];
		y[7] = x[5];
		y[8] = x[6];
	end
endmodule

module rsdec_syn_m2 (y, x);
	input [8:0] x;
	output [8:0] y;
	reg [8:0] y;
	always @ (x)
	begin
		y[0] = x[6];
		y[1] = x[7];
		y[2] = x[8];
		y[3] = x[0];
		y[4] = x[1] ^ x[6];
		y[5] = x[2] ^ x[7];
		y[6] = x[3] ^ x[8];
		y[7] = x[4];
		y[8] = x[5];
	end
endmodule

module rsdec_syn_m3 (y, x);
	input [8:0] x;
	output [8:0] y;
	reg [8:0] y;
	always @ (x)
	begin
		y[0] = x[5];
		y[1] = x[6];
		y[2] = x[7];
		y[3] = x[8];
		y[4] = x[0] ^ x[5];
		y[5] = x[1] ^ x[6];
		y[6] = x[2] ^ x[7];
		y[7] = x[3] ^ x[8];
		y[8] = x[4];
	end
endmodule

module rsdec_syn_m4 (y, x);
	input [8:0] x;
	output [8:0] y;
	reg [8:0] y;
	always @ (x)
	begin
		y[0] = x[4];
		y[1] = x[5];
		y[2] = x[6];
		y[3] = x[7];
		y[4] = x[4] ^ x[8];
		y[5] = x[0] ^ x[5];
		y[6] = x[1] ^ x[6];
		y[7] = x[2] ^ x[7];
		y[8] = x[3] ^ x[8];
	end
endmodule

module rsdec_syn_m5 (y, x);
	input [8:0] x;
	output [8:0] y;
	reg [8:0] y;
	always @ (x)
	begin
		y[0] = x[3] ^ x[8];
		y[1] = x[4];
		y[2] = x[5];
		y[3] = x[6];
		y[4] = x[3] ^ x[7] ^ x[8];
		y[5] = x[4] ^ x[8];
		y[6] = x[0] ^ x[5];
		y[7] = x[1] ^ x[6];
		y[8] = x[2] ^ x[7];
	end
endmodule

module rsdec_syn_m6 (y, x);
	input [8:0] x;
	output [8:0] y;
	reg [8:0] y;
	always @ (x)
	begin
		y[0] = x[2] ^ x[7];
		y[1] = x[3] ^ x[8];
		y[2] = x[4];
		y[3] = x[5];
		y[4] = x[2] ^ x[6] ^ x[7];
		y[5] = x[3] ^ x[7] ^ x[8];
		y[6] = x[4] ^ x[8];
		y[7] = x[0] ^ x[5];
		y[8] = x[1] ^ x[6];
	end
endmodule

module rsdec_syn_m7 (y, x);
	input [8:0] x;
	output [8:0] y;
	reg [8:0] y;
	always @ (x)
	begin
		y[0] = x[1] ^ x[6];
		y[1] = x[2] ^ x[7];
		y[2] = x[3] ^ x[8];
		y[3] = x[4];
		y[4] = x[1] ^ x[5] ^ x[6];
		y[5] = x[2] ^ x[6] ^ x[7];
		y[6] = x[3] ^ x[7] ^ x[8];
		y[7] = x[4] ^ x[8];
		y[8] = x[0] ^ x[5];
	end
endmodule

module rsdec_syn (y0, y1, y2, y3, y4, y5, y6, y7, u, enable, shift, init, clk, clrn);
	input [8:0] u;
	input clk, clrn, shift, init, enable;
	output [8:0] y0;
	output [8:0] y1;
	output [8:0] y2;
	output [8:0] y3;
	output [8:0] y4;
	output [8:0] y5;
	output [8:0] y6;
	output [8:0] y7;
	reg [8:0] y0;
	reg [8:0] y1;
	reg [8:0] y2;
	reg [8:0] y3;
	reg [8:0] y4;
	reg [8:0] y5;
	reg [8:0] y6;
	reg [8:0] y7;

	wire [8:0] scale0;
	wire [8:0] scale1;
	wire [8:0] scale2;
	wire [8:0] scale3;
	wire [8:0] scale4;
	wire [8:0] scale5;
	wire [8:0] scale6;
	wire [8:0] scale7;

	rsdec_syn_m0 m0 (scale0, y0);
	rsdec_syn_m1 m1 (scale1, y1);
	rsdec_syn_m2 m2 (scale2, y2);
	rsdec_syn_m3 m3 (scale3, y3);
	rsdec_syn_m4 m4 (scale4, y4);
	rsdec_syn_m5 m5 (scale5, y5);
	rsdec_syn_m6 m6 (scale6, y6);
	rsdec_syn_m7 m7 (scale7, y7);

	always @ (posedge clk)// or negedge clrn)
	begin
		if (~clrn)
		begin
			y0 <= 0;
			y1 <= 0;
			y2 <= 0;
			y3 <= 0;
			y4 <= 0;
			y5 <= 0;
			y6 <= 0;
			y7 <= 0;
		end
		else if (init)
		begin
			y0 <= u;
			y1 <= u;
			y2 <= u;
			y3 <= u;
			y4 <= u;
			y5 <= u;
			y6 <= u;
			y7 <= u;
		end
		else if (enable)
		begin
			y0 <= scale0 ^ u;
			y1 <= scale1 ^ u;
			y2 <= scale2 ^ u;
			y3 <= scale3 ^ u;
			y4 <= scale4 ^ u;
			y5 <= scale5 ^ u;
			y6 <= scale6 ^ u;
			y7 <= scale7 ^ u;
		end
		else if (shift)
		begin
			y0 <= y1;
			y1 <= y2;
			y2 <= y3;
			y3 <= y4;
			y4 <= y5;
			y5 <= y6;
			y6 <= y7;
			y7 <= y0;
		end
	end

endmodule

// -------------------------------------------------------------------------
//Chien-Forney search circuit for Reed-Solomon decoder
//Copyright (C) Wed Apr 28 11:17:57 2004
//by Ming-Han Lei(hendrik@humanistic.org)
//
//This program is free software; you can redistribute it and/or
//modify it under the terms of the GNU Lesser General Public License
//as published by the Free Software Foundation; either version 2
//of the License, or (at your option) any later version.
//
//This program is distributed in the hope that it will be useful,
//but WITHOUT ANY WARRANTY; without even the implied warranty of
//MERCHANTABILITY or FITNESS FOR A PARTICULAR PURPOSE.  See the
//GNU Lesser General Public License for more details.
//
//You should have received a copy of the GNU Lesser General Public License
//along with this program; if not, write to the Free Software
//Foundation, Inc., 59 Temple Place - Suite 330, Boston, MA  02111-1307, USA.
// --------------------------------------------------------------------------

module rsdec_chien_scale0 (y, x);
	input [8:0] x;
	output [8:0] y;
	reg [8:0] y;

	always @ (x)
	begin
		y[0] = x[0];
		y[1] = x[1];
		y[2] = x[2];
		y[3] = x[3];
		y[4] = x[4];
		y[5] = x[5];
		y[6] = x[6];
		y[7] = x[7];
		y[8] = x[8];
	end
endmodule

module rsdec_chien_scale1 (y, x);
	input [8:0] x;
	output [8:0] y;
	reg [8:0] y;

	always @ (x)
	begin
		y[0] = x[8];
		y[1] = x[0];
		y[2] = x[1];
		y[3] = x[2];
		y[4] = x[3] ^ x[8];
		y[5] = x[4];
		y[6] = x[5];
		y[7] = x[6];
		y[8] = x[7];
	end
endmodule

module rsdec_chien_scale2 (y, x);
	input [8:0] x;
	output [8:0] y;
	reg [8:0] y;

	always @ (x)
	begin
		y[0] = x[7];
		y[1] = x[8];
		y[2] = x[0];
		y[3] = x[1];
		y[4] = x[2] ^ x[7];
		y[5] = x[3] ^ x[8];
		y[6] = x[4];
		y[7] = x[5];
		y[8] = x[6];
	end
endmodule

module rsdec_chien_scale3 (y, x);
	input [8:0] x;
	output [8:0] y;
	reg [8:0] y;

	always @ (x)
	begin
		y[0] = x[6];
		y[1] = x[7];
		y[2] = x[8];
		y[3] = x[0];
		y[4] = x[1] ^ x[6];
		y[5] = x[2] ^ x[7];
		y[6] = x[3] ^ x[8];
		y[7] = x[4];
		y[8] = x[5];
	end
endmodule

module rsdec_chien_scale4 (y, x);
	input [8:0] x;
	output [8:0] y;
	reg [8:0] y;

	always @ (x)
	begin
		y[0] = x[5];
		y[1] = x[6];
		y[2] = x[7];
		y[3] = x[8];
		y[4] = x[0] ^ x[5];
		y[5] = x[1] ^ x[6];
		y[6] = x[2] ^ x[7];
		y[7] = x[3] ^ x[8];
		y[8] = x[4];
	end
endmodule

module rsdec_chien_scale5 (y, x);
	input [8:0] x;
	output [8:0] y;
	reg [8:0] y;

	always @ (x)
	begin
		y[0] = x[4];
		y[1] = x[5];
		y[2] = x[6];
		y[3] = x[7];
		y[4] = x[4] ^ x[8];
		y[5] = x[0] ^ x[5];
		y[6] = x[1] ^ x[6];
		y[7] = x[2] ^ x[7];
		y[8] = x[3] ^ x[8];
	end
endmodule

module rsdec_chien_scale6 (y, x);
	input [8:0] x;
	output [8:0] y;
	reg [8:0] y;

	always @ (x)
	begin
		y[0] = x[3] ^ x[8];
		y[1] = x[4];
		y[2] = x[5];
		y[3] = x[6];
		y[4] = x[3] ^ x[7] ^ x[8];
		y[5] = x[4] ^ x[8];
		y[6] = x[0] ^ x[5];
		y[7] = x[1] ^ x[6];
		y[8] = x[2] ^ x[7];
	end
endmodule

module rsdec_chien_scale7 (y, x);
	input [8:0] x;
	output [8:0] y;
	reg [8:0] y;

	always @ (x)
	begin
		y[0] = x[2] ^ x[7];
		y[1] = x[3] ^ x[8];
		y[2] = x[4];
		y[3] = x[5];
		y[4] = x[2] ^ x[6] ^ x[7];
		y[5] = x[3] ^ x[7] ^ x[8];
		y[6] = x[4] ^ x[8];
		y[7] = x[0] ^ x[5];
		y[8] = x[1] ^ x[6];
	end
endmodule

module rsdec_chien (error, alpha, lambda, omega, even, D, search, load, shorten, clk, clrn);
	input clk, clrn, load, search, shorten;
	input [8:0] D;
	input [8:0] lambda;
	input [8:0] omega;
	output [8:0] even, error;
	output [8:0] alpha;
	reg [8:0] even, error;
	reg [8:0] alpha;

	wire [8:0] scale0;
	wire [8:0] scale1;
	wire [8:0] scale2;
	wire [8:0] scale3;
	wire [8:0] scale4;
	wire [8:0] scale5;
	wire [8:0] scale6;
	wire [8:0] scale7;
	wire [8:0] scale8;
	wire [8:0] scale9;
	wire [8:0] scale10;
	wire [8:0] scale11;
	wire [8:0] scale12;
	wire [8:0] scale13;
	wire [8:0] scale14;
	wire [8:0] scale15;
	reg [8:0] data0;
	reg [8:0] data1;
	reg [8:0] data2;
	reg [8:0] data3;
	reg [8:0] data4;
	reg [8:0] data5;
	reg [8:0] data6;
	reg [8:0] data7;
	reg [8:0] a0;
	reg [8:0] a1;
	reg [8:0] a2;
	reg [8:0] a3;
	reg [8:0] a4;
	reg [8:0] a5;
	reg [8:0] a6;
	reg [8:0] a7;
	reg [8:0] l0;
	reg [8:0] l1;
	reg [8:0] l2;
	reg [8:0] l3;
	reg [8:0] l4;
	reg [8:0] l5;
	reg [8:0] l6;
	reg [8:0] l7;
	reg [8:0] o0;
	reg [8:0] o1;
	reg [8:0] o2;
	reg [8:0] o3;
	reg [8:0] o4;
	reg [8:0] o5;
	reg [8:0] o6;
	reg [8:0] o7;
	reg [8:0] odd, numerator;
	wire [8:0] tmp;
	//integer j;

	rsdec_chien_scale0 x0 (scale0, data0);
	rsdec_chien_scale1 x1 (scale1, data1);
	rsdec_chien_scale2 x2 (scale2, data2);
	rsdec_chien_scale3 x3 (scale3, data3);
	rsdec_chien_scale4 x4 (scale4, data4);
	rsdec_chien_scale5 x5 (scale5, data5);
	rsdec_chien_scale6 x6 (scale6, data6);
	rsdec_chien_scale7 x7 (scale7, data7);
	rsdec_chien_scale0 x8 (scale8, o0);
	rsdec_chien_scale1 x9 (scale9, o1);
	rsdec_chien_scale2 x10 (scale10, o2);
	rsdec_chien_scale3 x11 (scale11, o3);
	rsdec_chien_scale4 x12 (scale12, o4);
	rsdec_chien_scale5 x13 (scale13, o5);
	rsdec_chien_scale6 x14 (scale14, o6);
	rsdec_chien_scale7 x15 (scale15, o7);

	always @ (shorten or a0 or l0)
		if (shorten) data0 = a0;
		else data0 = l0;

	always @ (shorten or a1 or l1)
		if (shorten) data1 = a1;
		else data1 = l1;

	always @ (shorten or a2 or l2)
		if (shorten) data2 = a2;
		else data2 = l2;

	always @ (shorten or a3 or l3)
		if (shorten) data3 = a3;
		else data3 = l3;

	always @ (shorten or a4 or l4)
		if (shorten) data4 = a4;
		else data4 = l4;

	always @ (shorten or a5 or l5)
		if (shorten) data5 = a5;
		else data5 = l5;

	always @ (shorten or a6 or l6)
		if (shorten) data6 = a6;
		else data6 = l6;

	always @ (shorten or a7 or l7)
		if (shorten) data7 = a7;
		else data7 = l7;

	always @ (posedge clk)// or negedge clrn)
	begin
		if (~clrn)
		begin
			l0 <= 0;
			l1 <= 0;
			l2 <= 0;
			l3 <= 0;
			l4 <= 0;
			l5 <= 0;
			l6 <= 0;
			l7 <= 0;
			o0 <= 0;
			o1 <= 0;
			o2 <= 0;
			o3 <= 0;
			o4 <= 0;
			o5 <= 0;
			o6 <= 0;
			o7 <= 0;
			a0 <= 1;
			a1 <= 1;
			a2 <= 1;
			a3 <= 1;
			a4 <= 1;
			a5 <= 1;
			a6 <= 1;
			a7 <= 1;
		end
		else if (shorten)
		begin
			a0 <= scale0;
			a1 <= scale1;
			a2 <= scale2;
			a3 <= scale3;
			a4 <= scale4;
			a5 <= scale5;
			a6 <= scale6;
			a7 <= scale7;
		end
		else if (search)
		begin
			l0 <= scale0;
			l1 <= scale1;
			l2 <= scale2;
			l3 <= scale3;
			l4 <= scale4;
			l5 <= scale5;
			l6 <= scale6;
			l7 <= scale7;
			o0 <= scale8;
			o1 <= scale9;
			o2 <= scale10;
			o3 <= scale11;
			o4 <= scale12;
			o5 <= scale13;
			o6 <= scale14;
			o7 <= scale15;
		end
		else if (load)
		begin
			l0 <= lambda;
			l1 <= l0;
			l2 <= l1;
			l3 <= l2;
			l4 <= l3;
			l5 <= l4;
			l6 <= l5;
			l7 <= l6;
			o0 <= omega;
			o1 <= o0;
			o2 <= o1;
			o3 <= o2;
			o4 <= o3;
			o5 <= o4;
			o6 <= o5;
			o7 <= o6;
			a0 <= a7;
			a1 <= a0;
			a2 <= a1;
			a3 <= a2;
			a4 <= a3;
			a5 <= a4;
			a6 <= a5;
			a7 <= a6;
		end
	end

	always @ (l0 or l2 or l4 or l6)
		even = l0 ^ l2 ^ l4 ^ l6;

	always @ (l1 or l3 or l5 or l7)
		odd = l1 ^ l3 ^ l5 ^ l7;

	always @ (o0 or o1 or o2 or o3 or o4 or o5 or o6 or o7)
		numerator = o0 ^ o1 ^ o2 ^ o3 ^ o4 ^ o5 ^ o6 ^ o7;

	multiply m0 (tmp, numerator, D);

	always @ (even or odd or tmp)
		if (even == odd) error = tmp;
		else error = 0;

	always @ (a7) alpha = a7;

endmodule